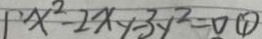
x ^ { 2 } - 2 x y - 3 y ^ { 2 } = 0 \textcircled { 1 }